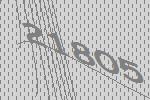
21805